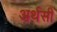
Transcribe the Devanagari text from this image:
अर्थसी